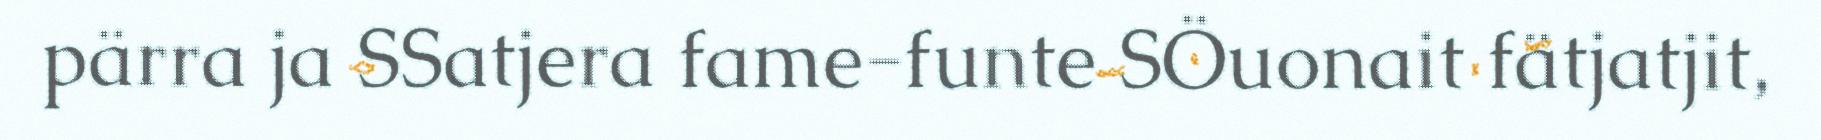
pärra ja SSatjera fame-funte SÖuonait fätjatjit,